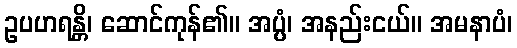
ဥပဟရန္တိ၊ ဆောင်ကုန်၏။ အပ္ပံ၊ အနည်းငယ်။ အမနာပံ၊